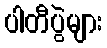
ပါတီပွဲများ